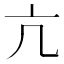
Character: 亢